NAE_EAOK_eestikeelsed_sunnimeetrikad, lk 253
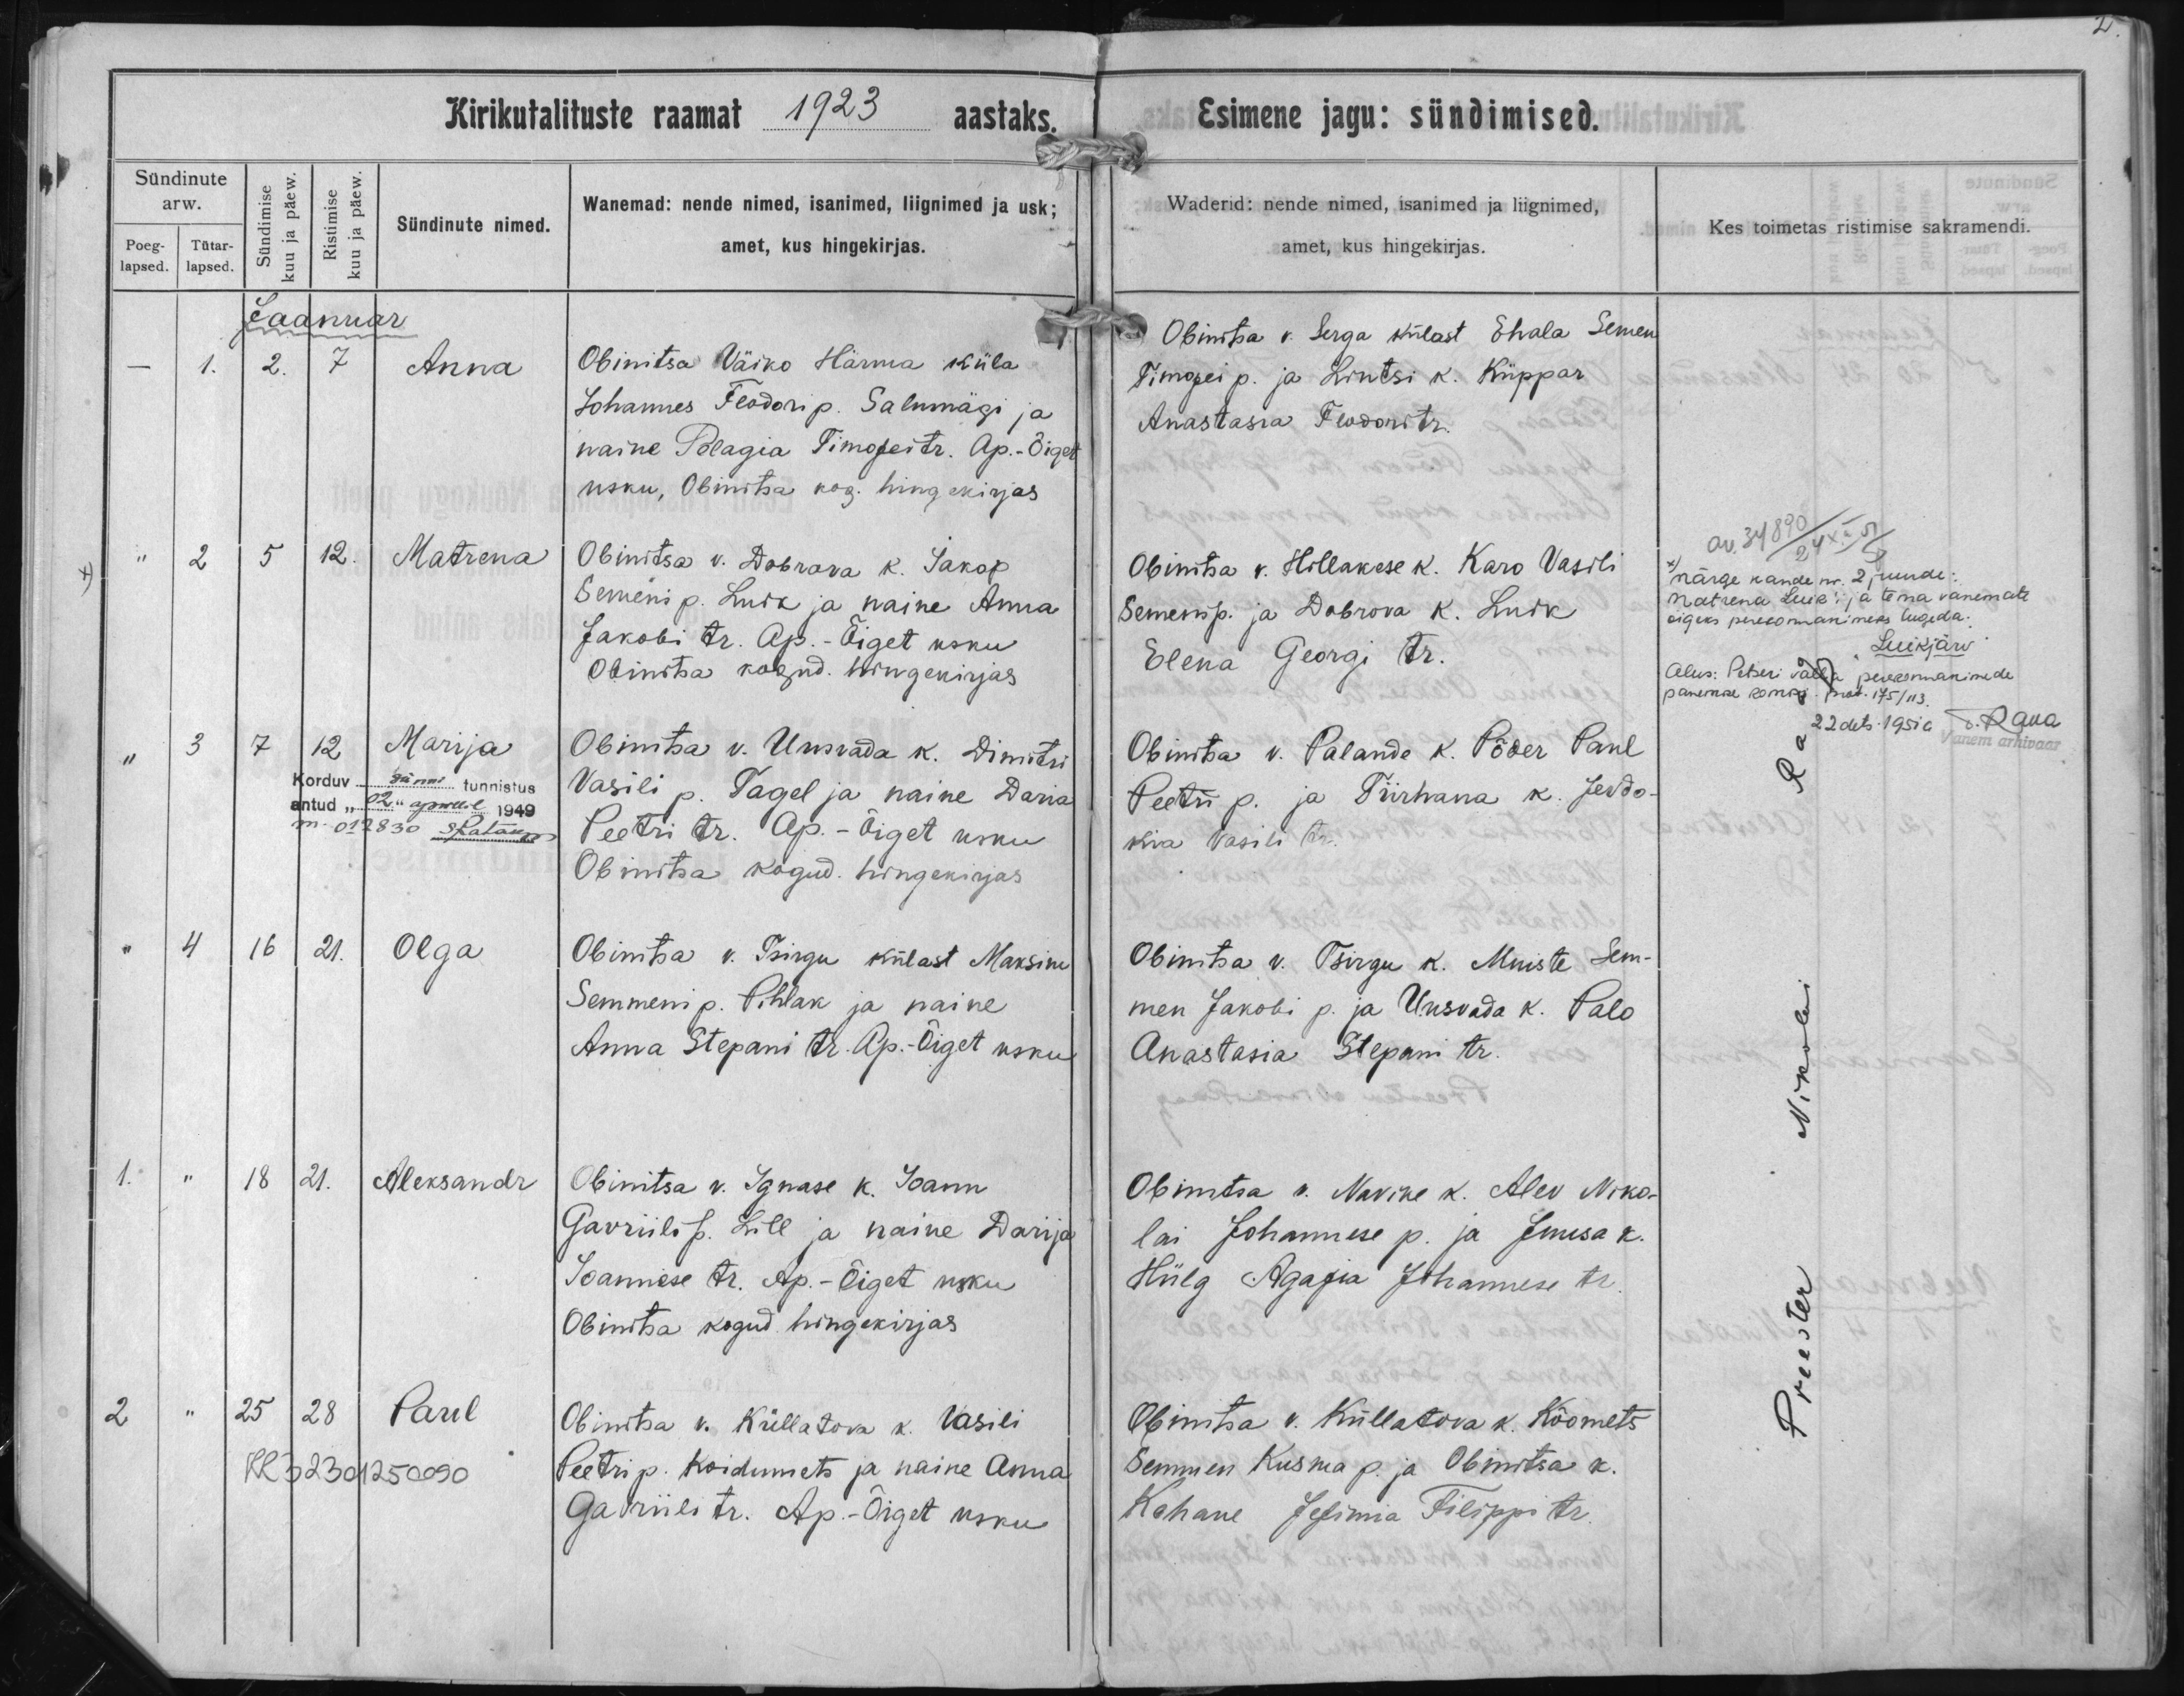
Anna

Matrena

Marija

Olga

Aleksandr

Paul

Obinitsa Väike Härma küla
Johannes Feodori p. Salumägi ja
naene Pelagia Timofei tr. Ap-Õiget
usku, Obinitsa kog. hingekirjas.

Obinitsa v. Dobrava k. Jakop
Semeni p. Lurk ja naine Anna
Jakobi tr. Ap.-Õiget usku
Obinitsa kogud. hingekirjas

Obinitsa v. Unsvada k. Dimitri
Vasili p. Tagel ja naine Daria
Peetri tr. Ap.-Õiget usku
Obinitsa kogud. hingekirjas

Obinitsa v. Pringu külast Maksim
Semmeni p. Pihlak ja naine
Anna Stepani tr. Ap.-Õiget usku.

Obinitsa v. Ignase k. Joann
Gavriili p. Lill ja naine Darija
Joannese tr. Ap.-Õiget usku
Obinitsa kogud. hingekirjas

Obinitsa v. Küllatova k. Vasili
Peetri p. Koidumets ja naine Anna
Gavriili tr. Ap.-Õiget usku